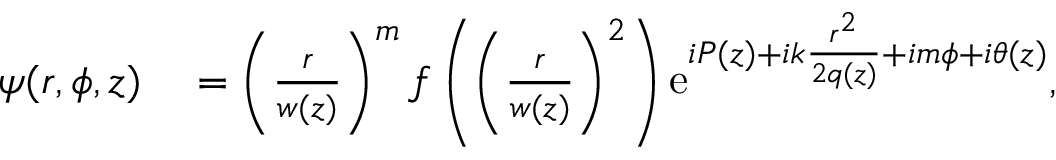
\begin{array} { r l } { \psi ( r , \phi , z ) } & { { } = \left( \frac { r } { w ( z ) } \right) ^ { m } f \left( \left( \frac { r } { w ( z ) } \right) ^ { 2 } \right) \mathrm { e } ^ { i P ( z ) + i k \frac { r ^ { 2 } } { 2 q ( z ) } + i m \phi + i \theta ( z ) } , } \end{array}